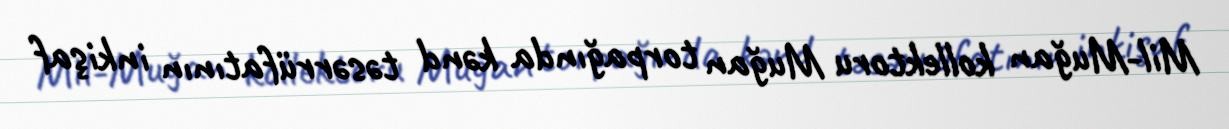
Mil-Muğan kollektoru Muğan torpağında kənd təsərrüfatının inkişaf